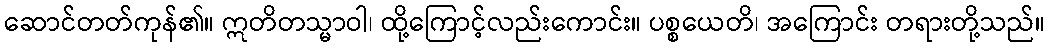
ဆောင်တတ်ကုန်၏။ ဣတိတသ္မာဝါ၊ ထို့ကြောင့်လည်းကောင်း။ ပစ္စယေတိ၊ အကြောင်း တရားတို့သည်။